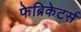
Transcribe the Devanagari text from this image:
फेब्रिकेटर्स